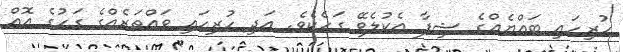
ހުރިހައި ބައްޔެއްގެ ޝިފާ އެކުލެވޭ ގަހެކެވެ. އަދި ހުރިހައި ވައްތަރެއްގެ ގަހުގެ އޮއް